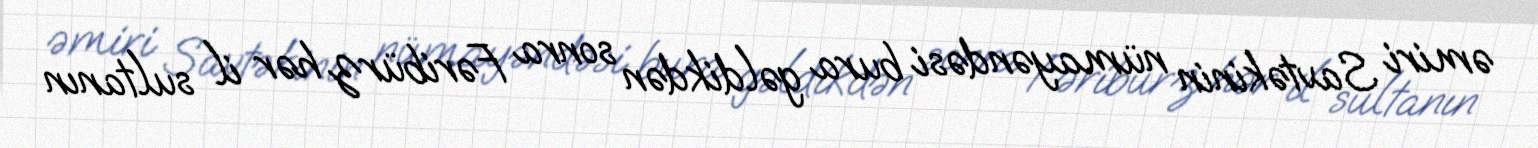
əmiri Savtəkinin nümayəndəsi bura gəldikdən sonra Fəribürz hər il sultanın